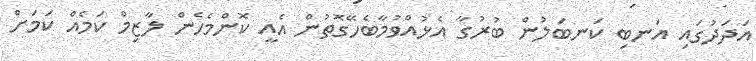
އަދަދުގައި އަނބި ކަނބަލުން ބުރުގާ އެޅުއްވުމާބެހޭގޮތުން އެއީ ކޮންމެހެން ލާޒިމް ކަމެއް ކަމަށް